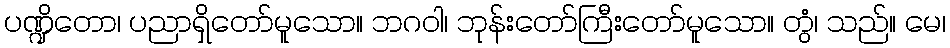
ပဏ္ဍိတော၊ ပညာရှိတော်မူသော။ ဘဂဝါ၊ ဘုန်းတော်ကြီးတော်မူသော။ တွံ၊ သည်။ မေ၊